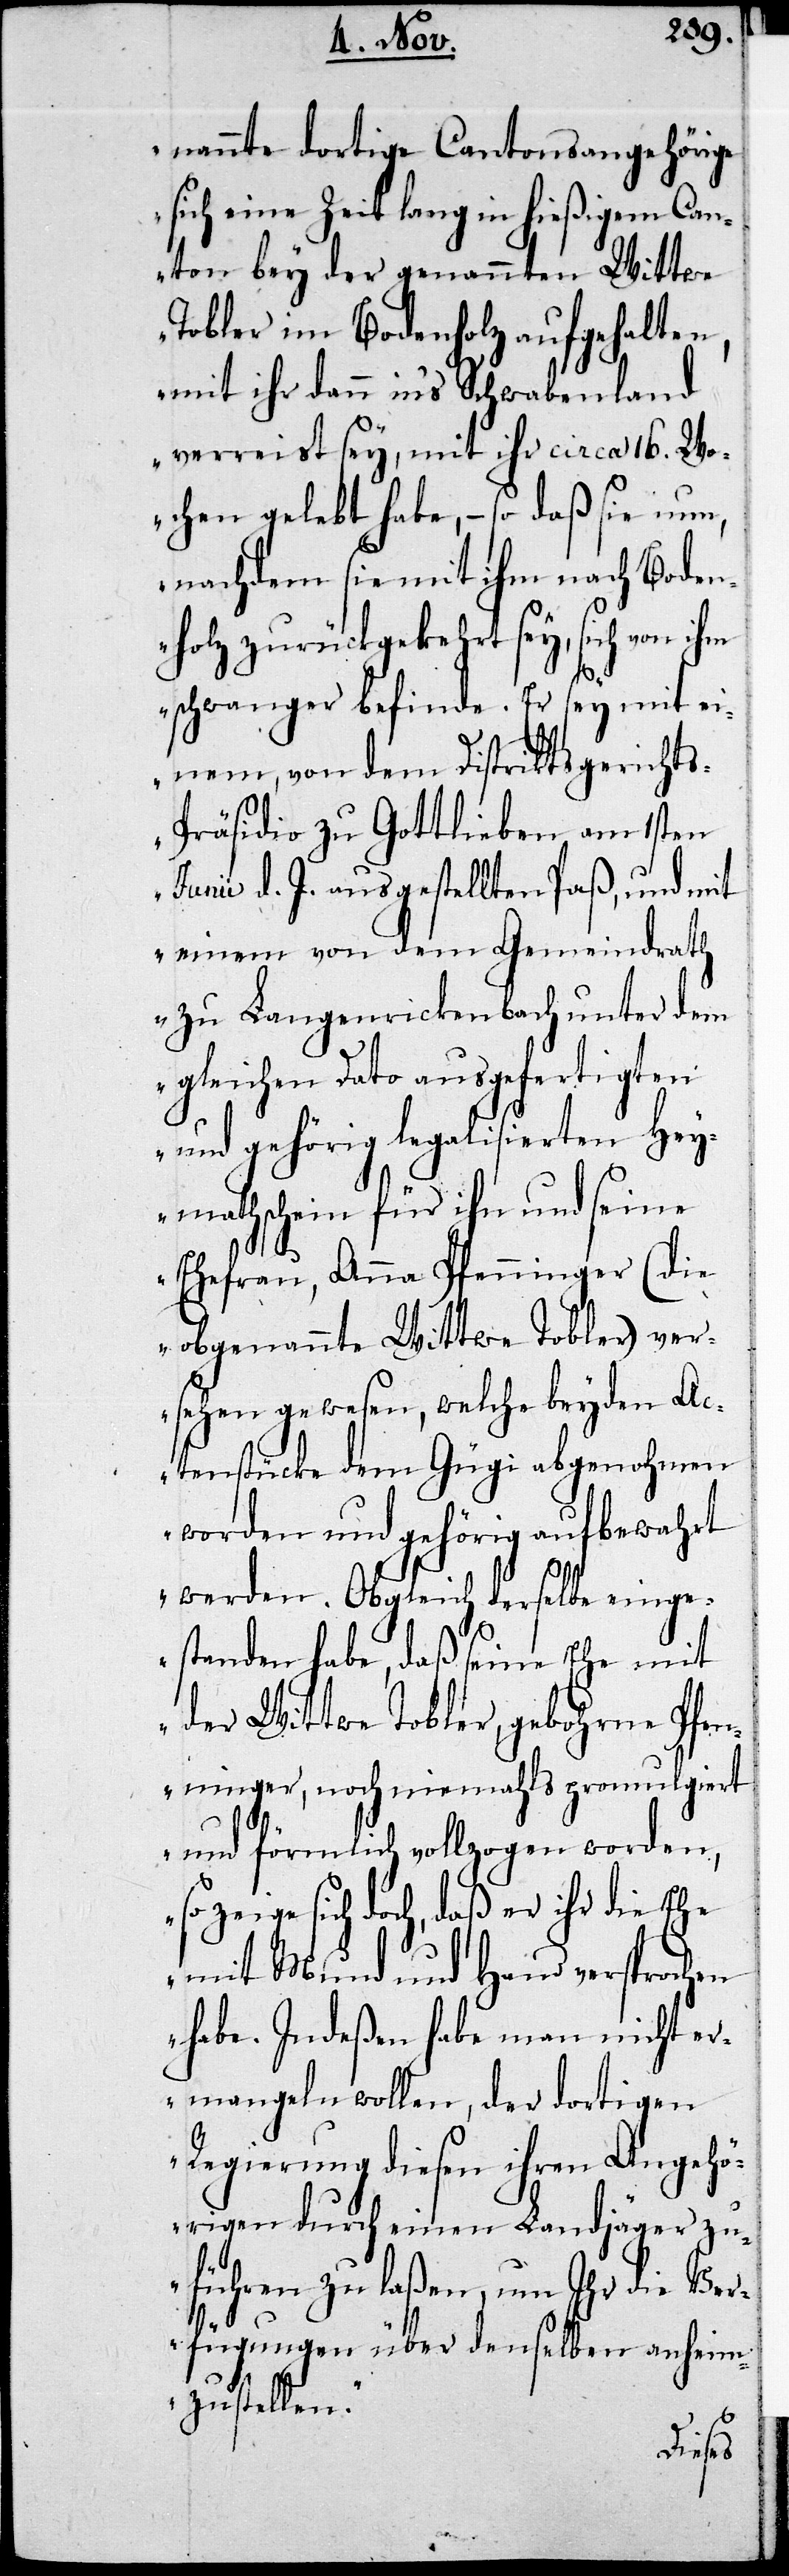
nannte dortige Cantonsangehörige
sich eine Zeit lang in hießigem Can¬
ton bey der genannten Wittwe
Tobler im Bodenholz aufgehalten,
mit ihr dann ins Schwabenland
verreist sey, mit ihr circa 16. Wo¬
chen gelebt habe, – so daß sie nun,
nachdem sie mit ihm nach Boden¬
holz zurückgekehrt sey, sich von ihm
schwanger befinde. Er sey mit ei¬
nem, von dem Distriktsgericht¬
s-Präsidio zu Gottlieben, am 1sten
Junii d. J. ausgestellten Paß, und mit
einem von dem Gemeindrath
zu Langenrickenbach unter dem
gleichen Dato ausgefertigten
und gehörig legalisierten Hey¬
mathschein für ihn und seine
Ehefrau, Anna Pfenninger (die
obgenannte Wittwe Tobler) ver¬
sehen gewesen, welche beyden Ac¬
tenstücke dem Gügi abgenohmen
worden und gehörig aufbewahrt
werden. Obgleich derselbe einge¬
standen habe, daß seine Ehe mit
der Wittwe Tobler, gebohrne Pfen¬
ninger, noch niemahls promulgiert
und förmlich vollzogen worden,
zeige sich doch, daß er ihr die Ehe
mit Mund und Hand versprochen
habe. Indeßen habe man nicht er¬
mangeln wollen, der dortigen
Regierung diesen ihren Angehö¬
rigen durch einen Landjäger zu¬
führen zu laßen, um Ihr die Ver¬
fügungen über denselben anheim
zustellen.“